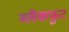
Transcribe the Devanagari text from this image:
ब्लैकफुट